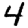
Digit: 4